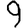
Digit: 9